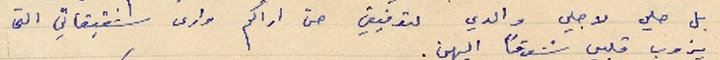
بل صلي لاجلي والدي لتوفيقي حتى اراكم وارى شقيقاتي التي